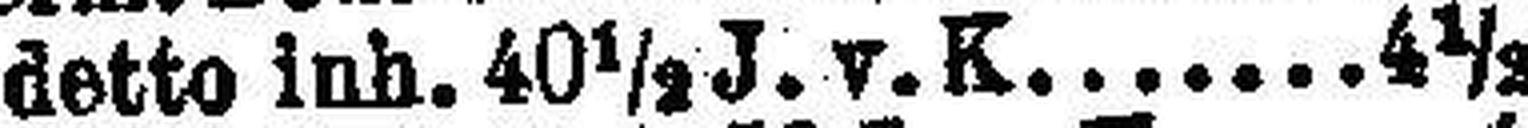
detto inh. 40 ½ J. v. K. 4½